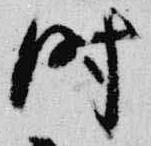
時